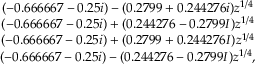
\begin{array} { c } { ( - 0 . 6 6 6 6 6 7 - 0 . 2 5 i ) - ( 0 . 2 7 9 9 + 0 . 2 4 4 2 7 6 i ) z ^ { 1 / 4 } } \\ { ( - 0 . 6 6 6 6 6 7 - 0 . 2 5 i ) + ( 0 . 2 4 4 2 7 6 - 0 . 2 7 9 9 I ) z ^ { 1 / 4 } } \\ { ( - 0 . 6 6 6 6 6 7 - 0 . 2 5 i ) + ( 0 . 2 7 9 9 + 0 . 2 4 4 2 7 6 I ) z ^ { 1 / 4 } } \\ { ( - 0 . 6 6 6 6 6 7 - 0 . 2 5 i ) - ( 0 . 2 4 4 2 7 6 - 0 . 2 7 9 9 I ) z ^ { 1 / 4 } , } \end{array}